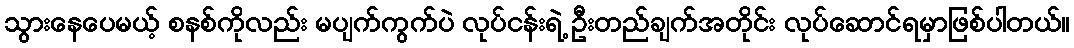
သွားနေပေမယ့် စနစ်ကိုလည်း မပျက်ကွက်ပဲ လုပ်ငန်းရဲ့ ဦးတည်ချက်အတိုင်း လုပ်ဆောင်ရမှာဖြစ်ပါတယ်။